画像に写った文字を読んでください
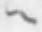
「へ」と書いてあります